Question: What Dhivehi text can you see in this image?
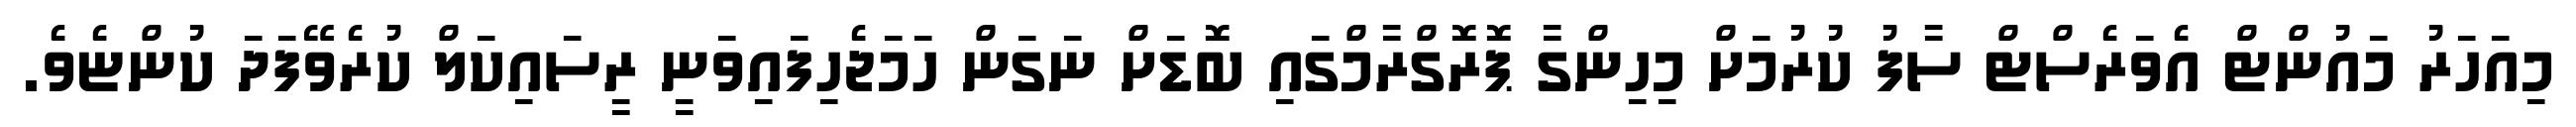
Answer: މިއަހަރު މައުންޓް އެވަރެސްޓް ސާފު ކުރުމަށް މިހިންގާ ޕޮރޮގްރާމްގައި ބޮޑަށް ނަގަން ހަމަޖެހިފައިވަނީ ރީސައިކަލް ކުރެވޭފަދަ ކުންޏެވެ.